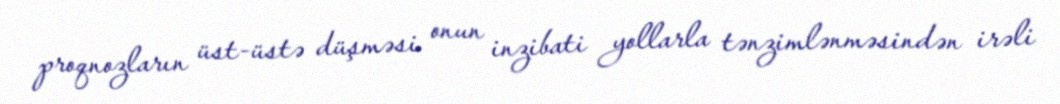
proqnozların üst-üstə düşməsi onun inzibati yollarla tənzimlənməsindən irəli